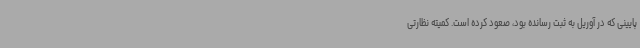
پایینی که در آوریل به ثبت رسانده بود، صعود کرده است. کمیته نظارتی